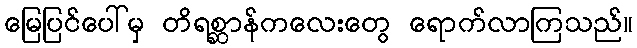
မြေပြင်ပေါ်မှ တိရစ္ဆာန်ကလေးတွေ ရောက်လာကြသည်။